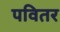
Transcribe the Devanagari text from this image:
पवितर